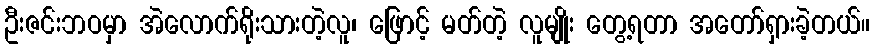
ဦးဇင်းဘဝမှာ အဲလောက်ရိုးသားတဲ့လူ၊ ဖြောင့် မတ်တဲ့ လူမျိုး တွေ့ရတာ အတော်ရှားခဲ့တယ်။